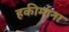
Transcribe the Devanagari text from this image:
हकीमाना